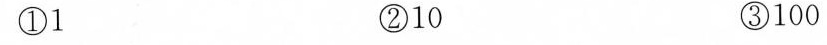
①1 ②10 ③100